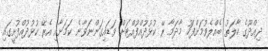
ދިއްދޫގެ ހާލަތު ބެއްލެވުމަށްފަހު މާދަމާ ރޭ ކުޅުދުއްފުއްޓަށް ވަޑައިގަންނަވާނެ ކަމަށާއި އެރޭ ކުޅުދުއްފުށީގައި